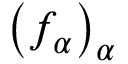
\left( f _ { \alpha } \right) _ { \alpha }